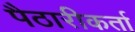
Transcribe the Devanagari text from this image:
पैठारीकर्ता